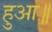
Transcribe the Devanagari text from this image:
हुआ॥